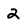
Character: 2